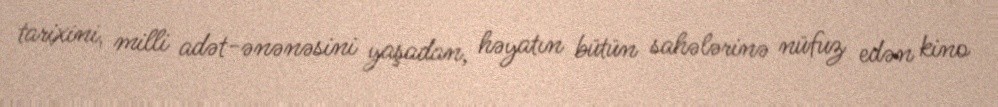
tarixini, milli adət-ənənəsini yaşadan, həyatın bütün sahələrinə nüfuz edən kino